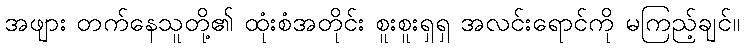
အဖျား တက်နေသူတို့၏ ထုံးစံအတိုင်း စူးစူးရှရှ အလင်းရောင်ကို မကြည့်ချင်။